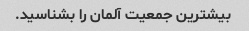
بیشترین جمعیت آلمان را بشناسید.